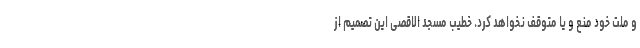
و ملت خود منع و یا متوقف نخواهد کرد. خطیب مسجد الاقصی این تصمیم از